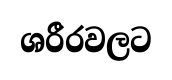
ශරීරවලට